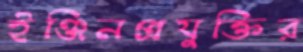
ইঞ্জিনপ্রযুক্তির